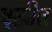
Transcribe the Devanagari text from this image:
वृद्धीत